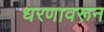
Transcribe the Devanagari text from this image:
धरणावरून